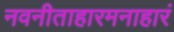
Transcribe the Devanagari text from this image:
नवनीताहारमनाहारं